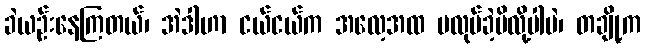
ခဲယဉ်းနေကြတယ်၊ အဲဒါဟာ ငယ်ငယ်က အလေ့အထ မလုပ်ခဲ့မိလို့ပါပဲ၊ တချို့က